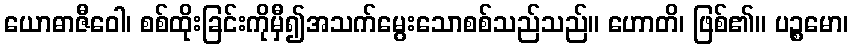
ယောဓာဇီဝေါ၊ စစ်ထိုးခြင်းကိုမှီ၍အသက်မွေးသောစစ်သည်သည်။ ဟောတိ၊ ဖြစ်၏။ ပဉ္စမော၊